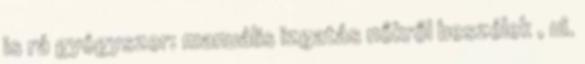
is rá gyógyszer: manuális izgatás nőkről beszélek , ui.